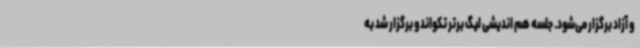
و آزاد برگزار می‌شود. جلسه هم اندیشی لیگ برتر تکواندو برگزار شد به